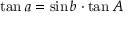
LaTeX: \tan a = \sin b \cdot \tan A